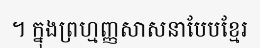
។ ក្នុងព្រហ្មញ្ញសាសនាបែបខ្មែរ